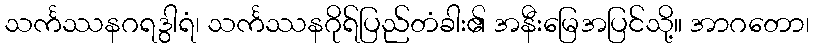
သင်္ကဿနဂရဒွါရံ၊ သင်္ကဿနဂိုရ်ပြည်တံခါး၏ အနီးမြေအပြင်သို့။ အာဂတော၊